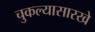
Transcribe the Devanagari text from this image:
चुकल्यासारखे